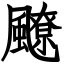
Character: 飉